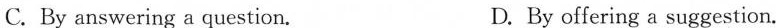
( )2. What does the underlined word"launched"mean in Paragraph 3?